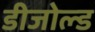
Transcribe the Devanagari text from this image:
डीजोल्ड